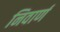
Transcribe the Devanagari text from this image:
निवार्ण